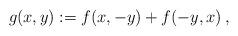
LaTeX: \begin{align*} g(x,y):=f(x,-y)+f(-y,x)\,,\end{align*}